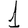
Digit: 1